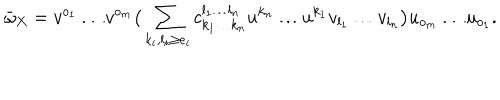
\bar { \omega } _ { X } = v ^ { o _ { 1 } } \dots v ^ { o _ { m } } \big ( \sum _ { k _ { i } , l _ { i } \ge e _ { i } } c _ { k _ { 1 } \dots k _ { n } } ^ { l _ { 1 } \dots l _ { n } } u ^ { k _ { n } } \dots u ^ { k _ { 1 } } v _ { l _ { 1 } } \dots v _ { l _ { n } } \big ) u _ { o _ { m } } \dots u _ { o _ { 1 } } .